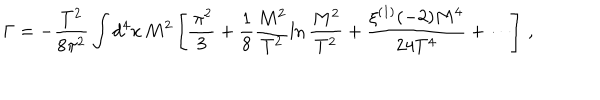
LaTeX: \Gamma = - \frac { T ^ { 2 } } { 8 \pi ^ { 2 } } \int d ^ { 4 } x \, M ^ { 2 } \left[ \frac { \, \pi ^ { 2 } } { 3 } + \frac { 1 } { 8 } \frac { M ^ { 2 } } { T ^ { 2 } } \ln \frac { M ^ { 2 } } { T ^ { 2 } } + \frac { \xi ^ { ( 1 ) } ( - 2 ) M ^ { 4 } } { 2 4 T ^ { 4 } } + \cdots \right] \, ,